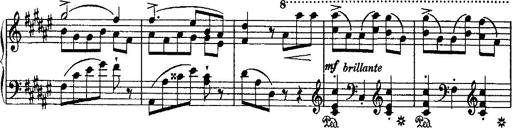
Title: Grande valse di bravura
Composer: Franz Liszt